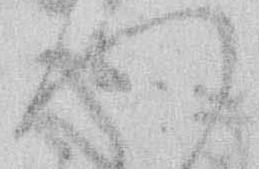
つ